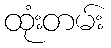
ထုံးတမ်း